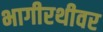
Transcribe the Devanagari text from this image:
भागीरथीवर